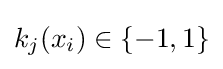
k_{j}(x_{i})\in \{-1,1\}